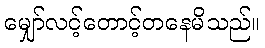
မျှော်လင့်တောင့်တနေမိသည်။